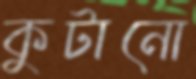
কুটানো